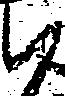
尉